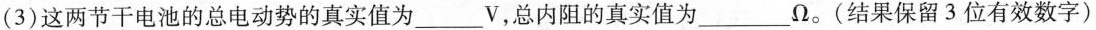
(3)这两节干电池的总电动势的真实值为___V，总内阻的真实值为___\Omega 。(结果保留3位有效数字)